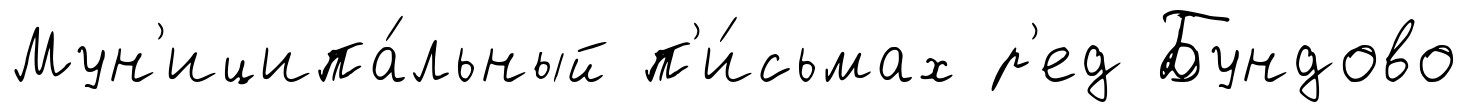
Мун'иципа́льный п'и́сьмах р'ед Бундово